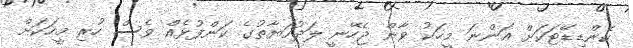
ކެންޑިޑޭޓަކަށް އަންނަ މީހަކު ވާން ޖެހޭނީ ލަދުހަޔާތުގެ ކަންފުޅެއް ވެސް ހުރި މީހަކަށް